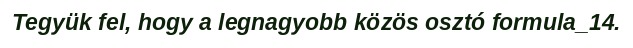
Tegyük fel, hogy a legnagyobb közös osztó formula_14.